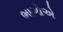
ભાગોએ